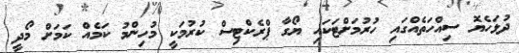
ދުޅަހެޔޮ ސިއްހަތެއްގައި ހުރުމަށްޓަކައި ޔޯގާ ޕްރެކްޓިސް ކުރުމަކީ މުހިންމު ކަމެއް ކަމަށް މޯދީ